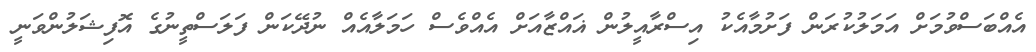
އެއްބަސްވުމަށް އަމަލުކުރަން ފަށުމާއެކު އިސްރާއީލުން ޣައްޒާއަށް އެއްވެސް ހަމަލާއެއް ނުދޭކަން ފަލަސްތީނުގެ އޮފިޝަލުންވަނީ